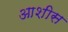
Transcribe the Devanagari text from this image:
आशीस